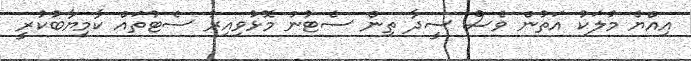
އިއްޔެ މުލަކު އަތުން ވެސް ސީދާ ތިން ސެޓުން މޮޅުވިއިރު ސެޓުތައް ކާމިޔާބުކުރީ